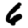
Digit: 6